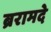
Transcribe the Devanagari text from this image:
ब्ररामदे